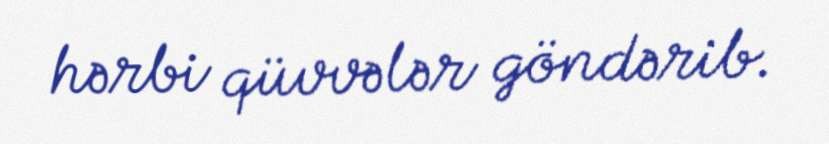
hərbi qüvvələr göndərib.